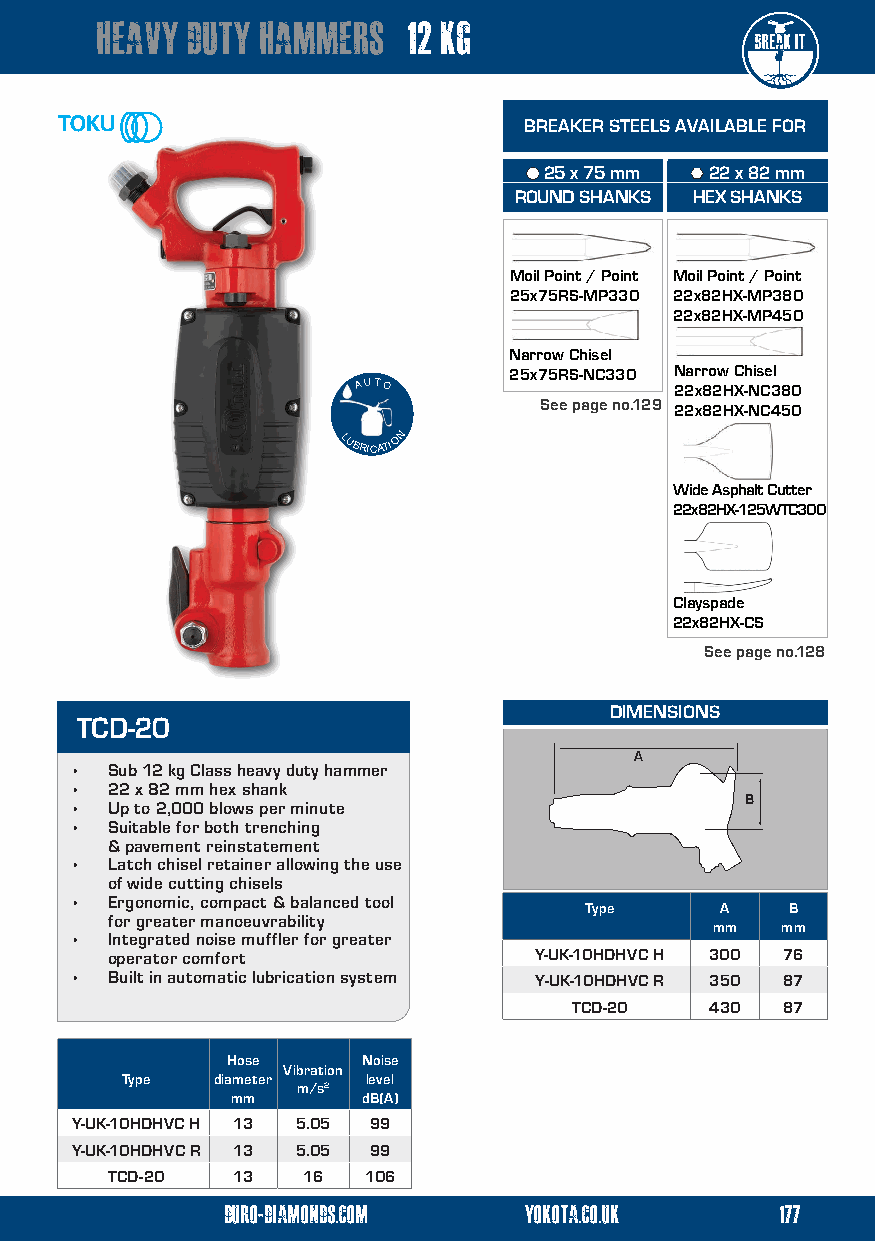
heavy duty hammers   12 kg
 BREAKER STEELS AVAILABLE FOR
  25 x 75 mm  22 x 82 mm
 ROUND SHANKS HEX SHANKS
 Moil Point / Point Moil Point / Point
 25x75RS-MP330 22x82HX-MP380
 22x82HX-MP450
 Narrow Chisel
 25x75RS-NC330 Narrow Chisel
 AA UU TT OO          22x82HX-NC380
 See page no.129
 22x82HX-NC450
 LLUBRICATION
 Wide Asphalt Cutter
 22x82HX-125WTC300
 Clayspade
 22x82HX-CS
 See page no.128
 DIMENSIONS
 TCD-20
 A
 • Sub 12 kg Class heavy duty hammer
 • 22 x 82 mm hex shank
 B
 • Up to 2,000 blows per minute
 • Suitable for both trenching
 & pavement reinstatement
 • Latch chisel retainer allowing the use
 of wide cutting chisels
 • Ergonomic, compact & balanced tool
 Type     A   B
 for greater manoeuvrability
 mm   mm
 • Integrated noise muffler for greater
 operator comfort            Y-UK-10HDHVC H 300 76
 • Built in automatic lubrication system Y-UK-10HDHVC R 350 87
 TCD-20   430  87
 Hose     Noise
 Vibration
 Type  diameter  level
 m/s2
 mm       dB(A)
 Y-UK-10HDHVC H 13 5.05 99
 Y-UK-10HDHVC R 13 5.05 99
 TCD-20  13   16  106
 duro-diamonds.com   yokota.co.uk     177
 order line: 01909 552470 duro-diamonds.com yokota.co.uk 12